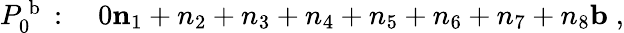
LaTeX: \begin{array}{r}{P_{0}^{\mathrm{~b~}}:\quad 0\le n_{1}+n_{2}+n_{3}+n_{4}+n_{5}+n_{6}+n_{7}+n_{8}\le b\; ,}\end{array}